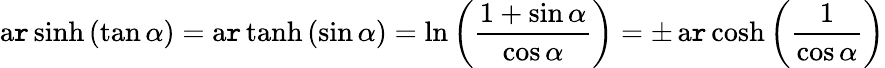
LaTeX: \operatorname{a\mathtt{r}sinh}\left(\tan\alpha\right)=\operatorname{a\mathtt{r}tanh}\left(\sin\alpha\right)=\ln\left({\frac{{1+\sin\alpha}}{{\cos\alpha}}}\right)=\pm\operatorname{a\mathtt{r}cosh}\left({\frac{{1}}{{\cos\alpha}}}\right)